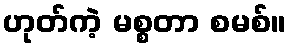
ဟုတ်ကဲ့ မစ္စတာ စမစ်။